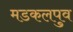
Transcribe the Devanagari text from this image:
मडकलपुव